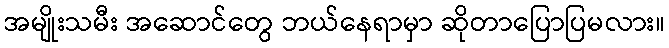
အမျိုးသမီး အဆောင်တွေ ဘယ်နေရာမှာ ဆိုတာပြောပြမလား။